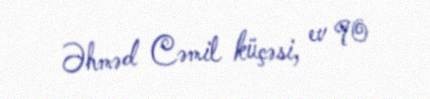
Əhməd Cəmil küçəsi, ev 90